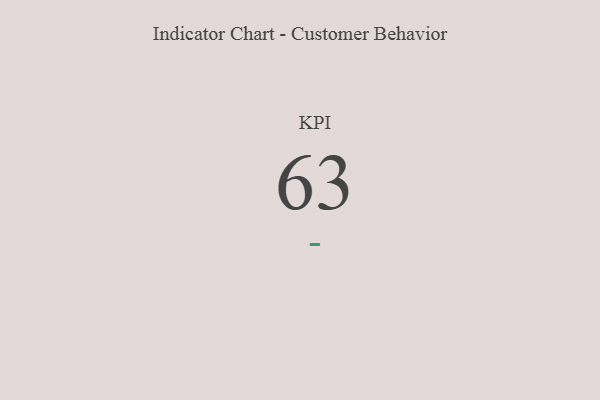
{"axis": {"x": "KPI", "y": "Value"}, "legend": [""], "data": [{"x": "KPI", "y": 63, "type": ""}]}